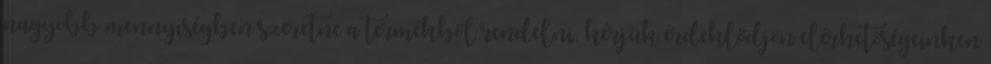
nagyobb mennyiségben szeretne a termékből rendelni, kérjük érdeklődjön elérhetőségeinken